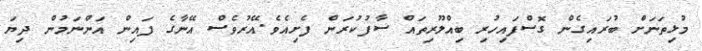
މުޅިތަނަށް ބުރައިގެން ގޮސްފައިހުރި ބިއްލޫރިތައް ސާފުކުރަން ފެށިއެވެ.އޭރުވެސް އޭނާގެ ފައިން އަންނަމުން ދިޔަ